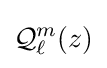
{\mathcal {Q}}_{\ell }^{m}(z)